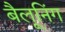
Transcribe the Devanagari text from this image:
बैलूनिंग